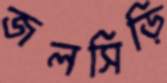
জলসিড়ি